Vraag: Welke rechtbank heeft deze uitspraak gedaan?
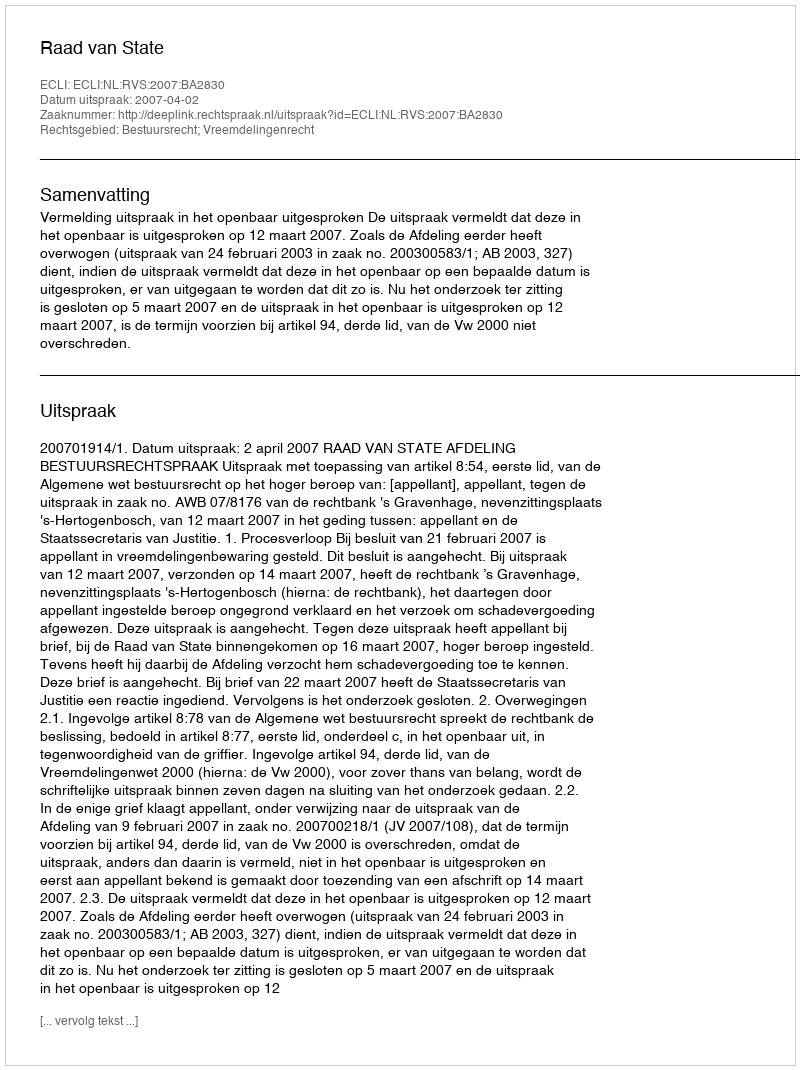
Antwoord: Raad van State